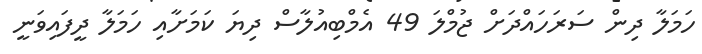
ހަމަލާ ދިން ސަރަހައްދަށް ޖުމްލަ 49 އެމްބިއުލާސް ދިޔަ ކަމަށާއި ހަމަލާ ދީފައިވަނީ